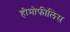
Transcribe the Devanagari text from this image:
हीमोफीलिस